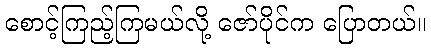
စောင့်ကြည့်ကြမယ်လို့ ဇော်ပိုင်က ပြောတယ်။